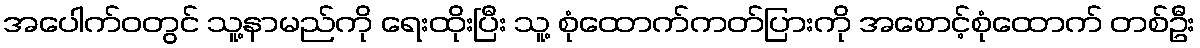
အပေါက်ဝတွင် သူ့နာမည်ကို ရေးထိုးပြီး သူ့ စုံထောက်ကတ်ပြားကို အစောင့်စုံထောက် တစ်ဦး